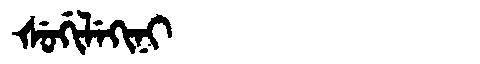
Manchu: ᡧᡠᡤᡳᠯᡝᡴᡳᠨᡳ
Romanization: ŠUGILEKINI